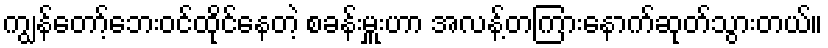
ကျွန်တော့်ဘေးဝင်ထိုင်နေတဲ့ စခန်းမှူးဟာ အလန့်တကြားနောက်ဆုတ်သွားတယ်။